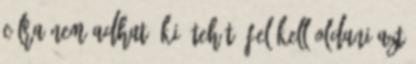
célra nem adható ki. Tehát, fel kell oldani azt